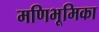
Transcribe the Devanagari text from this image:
मणिभूमिका